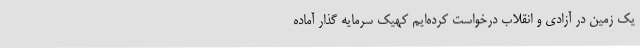
یک زمین ‌در آزادی و انقلاب درخواست کرده‌ایم کهیک سرمایه گذار آماده